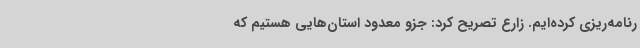
رنامه‌ریزی کرده‌ایم. زارع تصریح کرد: جزو معدود استان‌هایی هستیم که